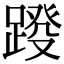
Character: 𨂩